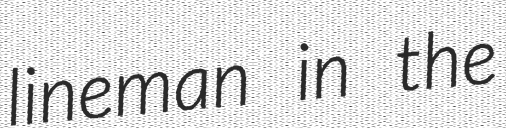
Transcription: lineman in the